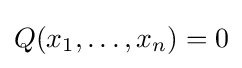
Q(x_{1},\ldots ,x_{n})=0